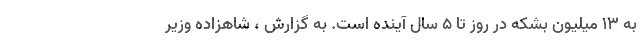
به 13 میلیون بشکه در روز تا 5 سال آینده است. به گزارش ، شاهزاده وزیر